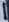
Text: 1